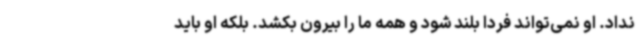
نداد. او نمی‌تواند فردا بلند شود و همه ما را بیرون بکشد. بلکه او باید